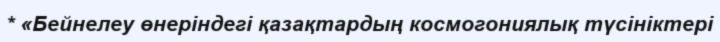
* «Бейнелеу өнеріндегі қазақтардың космогониялық түсініктері